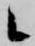
候